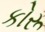
કોરૂ